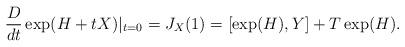
LaTeX: \begin{align*} \frac{D}{dt}\exp(H+tX)|_{t=0}=J_X(1)=[\exp(H),Y]+T\exp(H).\end{align*}